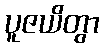
ပူဇယိတွာ